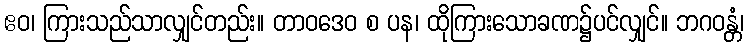
ဧဝ၊ ကြားသည်သာလျှင်တည်း။ တာဝဒေဝ စ ပန၊ ထိုကြားသောခဏ၌ပင်လျှင်။ ဘဂဝန္တံ၊